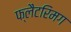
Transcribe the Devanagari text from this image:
फ्लैटरिमग